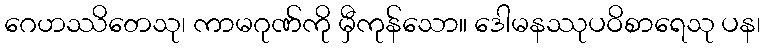
ဂေဟဿိတေသု၊ ကာမဂုဏ်ကို မှီကုန်သော။ ဒေါမနဿုပဝိစာရေသု ပန၊